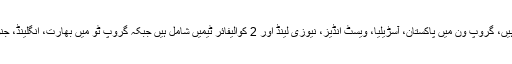
پاکستان اور بھارت کی ٹیمیں الگ الگ گروپ میں شامل ہیں، گروپ ون میں پاکستان، آسڑیلیا، ویسٹ انڈیز، نیوزی لینڈ اور 2 کوالیفائر ٹیمیں شامل ہیں جبکہ گروپ ٹو میں بھارت، انگلینڈ، جنوبی افریقا، افغانستان اور 2 کوالیفائر ٹیمیں شامل ہوں گی۔